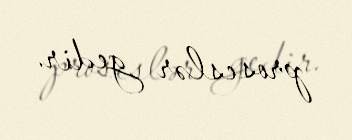
proseslər gedir.